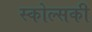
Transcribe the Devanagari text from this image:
स्कोल्सकी